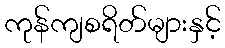
ကုန်ကျစရိတ်များနှင့်